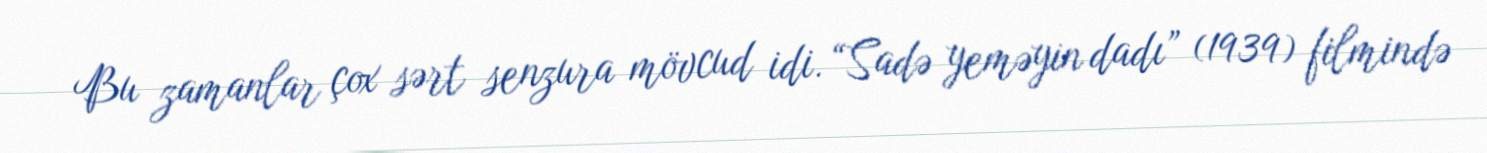
Bu zamanlar çox sərt senzura mövcud idi. “Sadə yeməyin dadı” (1939) filmində